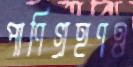
পাণিগ্রহণও